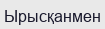
Ырысқанмен